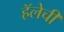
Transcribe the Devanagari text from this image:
हॅलेची